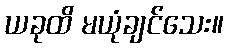
ယခုထိ မယုံချင်သေး။